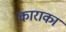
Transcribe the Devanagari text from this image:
काराका